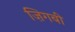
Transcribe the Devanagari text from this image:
ज़िगबी